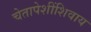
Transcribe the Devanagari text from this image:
चेतापेशींशिवाय